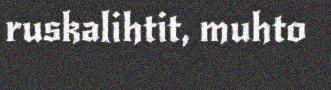
ruskalihtit, muhto